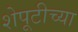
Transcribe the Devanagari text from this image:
शेपूटीच्या